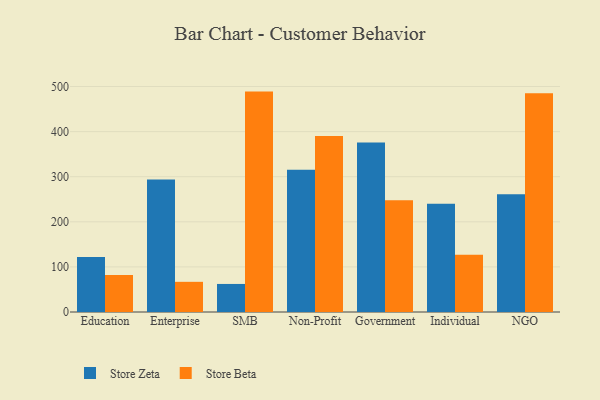
{"axis": {"x": "Segment", "y": "Revenue (USD Million)"}, "legend": ["Store Beta", "Store Zeta"], "data": [{"x": "Education", "y": 122.1, "type": "Store Zeta"}, {"x": "Education", "y": 82.1, "type": "Store Beta"}, {"x": "Enterprise", "y": 293.7, "type": "Store Zeta"}, {"x": "Enterprise", "y": 66.9, "type": "Store Beta"}, {"x": "SMB", "y": 62.2, "type": "Store Zeta"}, {"x": "SMB", "y": 488.7, "type": "Store Beta"}, {"x": "Non-Profit", "y": 315.4, "type": "Store Zeta"}, {"x": "Non-Profit", "y": 390.5, "type": "Store Beta"}, {"x": "Government", "y": 376.1, "type": "Store Zeta"}, {"x": "Government", "y": 247.6, "type": "Store Beta"}, {"x": "Individual", "y": 240.2, "type": "Store Zeta"}, {"x": "Individual", "y": 126.7, "type": "Store Beta"}, {"x": "NGO", "y": 261.0, "type": "Store Zeta"}, {"x": "NGO", "y": 484.8, "type": "Store Beta"}]}